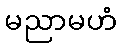
မညာမဟံ